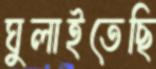
ঘুলাইতেছি